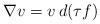
LaTeX: \begin{align*} \nabla v=v\,d(\tau f)\end{align*}